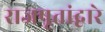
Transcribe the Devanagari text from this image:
राजपूतांद्वारे